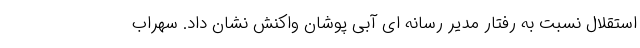
استقلال نسبت به رفتار مدیر رسانه ای آبی پوشان واکنش نشان داد. سهراب